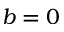
b = 0